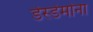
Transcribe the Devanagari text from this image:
डेस्डेमोना